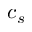
c _ { s }